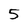
Character: 5